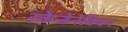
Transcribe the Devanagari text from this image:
स्केन्डेनेवियन